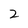
Character: 2